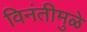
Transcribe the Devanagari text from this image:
विनंतीमुळे